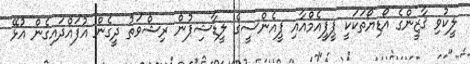
ލީކުވި ޤާޒީންގެ އޯޑިޔޯތަކަކީ ޕީޕީއެމްއާއި ޕީއެންސީގެ ލީޑާޝިޕުން ރިޝްވަތު ދީގެން އުފައްދައިގެން އުޅޭ